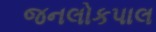
જનલોકપાલ